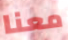
معنا